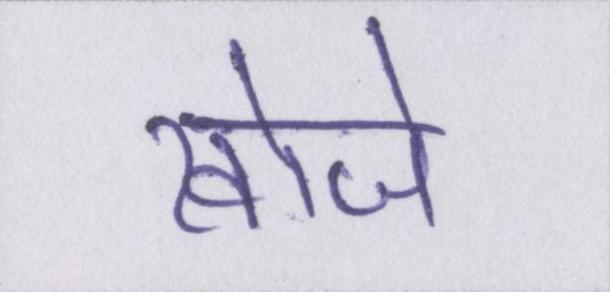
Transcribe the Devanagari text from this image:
खोजे